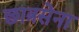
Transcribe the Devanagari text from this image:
छात्रसेना